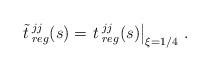
LaTeX: \begin{align*} {\tilde t}{\,}^{jj}_{reg}(s)= \left.t{\,}^{jj}_{reg}(s)\right|_{\xi=1/4}\,.\end{align*}